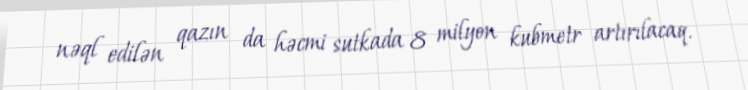
nəql edilən qazın da həcmi sutkada 8 milyon kubmetr artırılacaq.